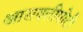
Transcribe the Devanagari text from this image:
आसक्तीपोटी